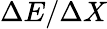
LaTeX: \Delta E/\Delta X